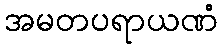
အမတပရာယဏံ